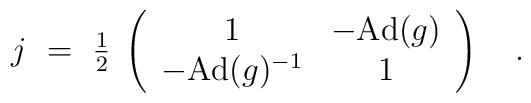
j~=~{\textstyle{1\over 2}} \;     \left( \begin{array}{cc}             1 & - \mbox{Ad}(g) \\             - \mbox{Ad}(g)^{-1} & 1            \end{array} \right)~~~.